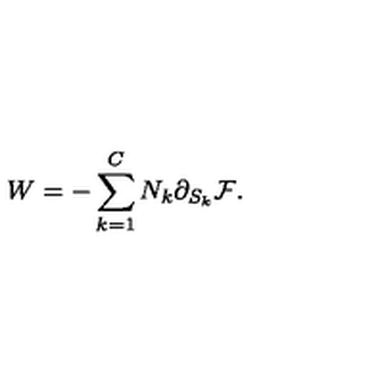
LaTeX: W = - \sum _ { k = 1 } ^ { C } N _ { k } \partial _ { S _ { k } } { \cal F } .